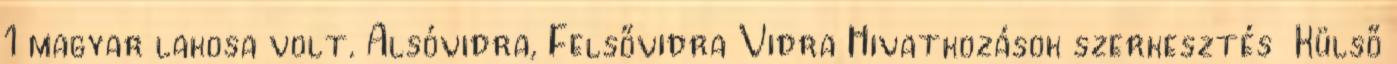
1 magyar lakosa volt. Alsóvidra, Felsővidra Vidra Hivatkozások szerkesztés Külső